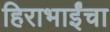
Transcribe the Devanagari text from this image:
हिराभाईंचा